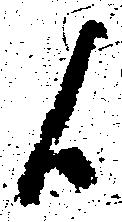
候